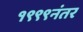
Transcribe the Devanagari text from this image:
१९९९नंतर